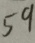
5 9